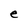
Character: e